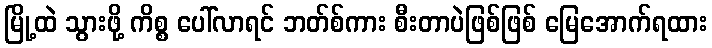
မြို့ထဲ သွားဖို့ ကိစ္စ ပေါ်လာရင် ဘတ်စ်ကား စီးတာပဲဖြစ်ဖြစ် မြေအောက်ရထား